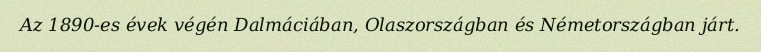
Az 1890-es évek végén Dalmáciában, Olaszországban és Németországban járt.